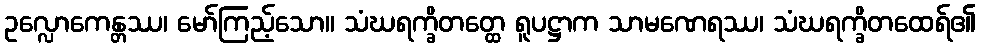
ဥလ္လောကေန္တဿ၊ မော်ကြည့်သော။ သံဃရက္ခိတတ္ထေ ရူပဋ္ဌာက သာမဏေရဿ၊ သံဃရက္ခိတထေရ်၏